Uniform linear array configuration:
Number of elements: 48
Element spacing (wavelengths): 1
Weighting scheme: exponential
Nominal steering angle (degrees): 45
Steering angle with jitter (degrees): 43.413
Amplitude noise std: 0.05
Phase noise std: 0.05

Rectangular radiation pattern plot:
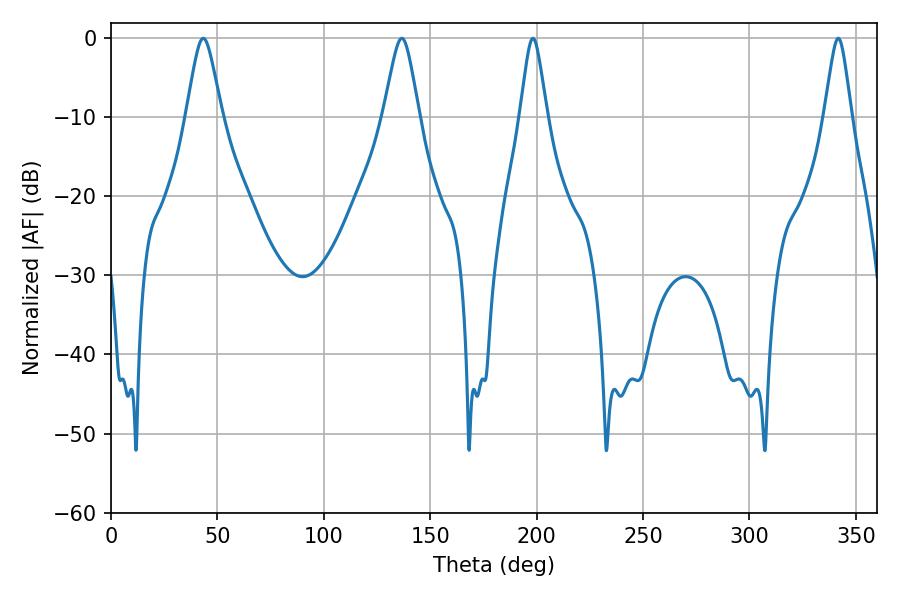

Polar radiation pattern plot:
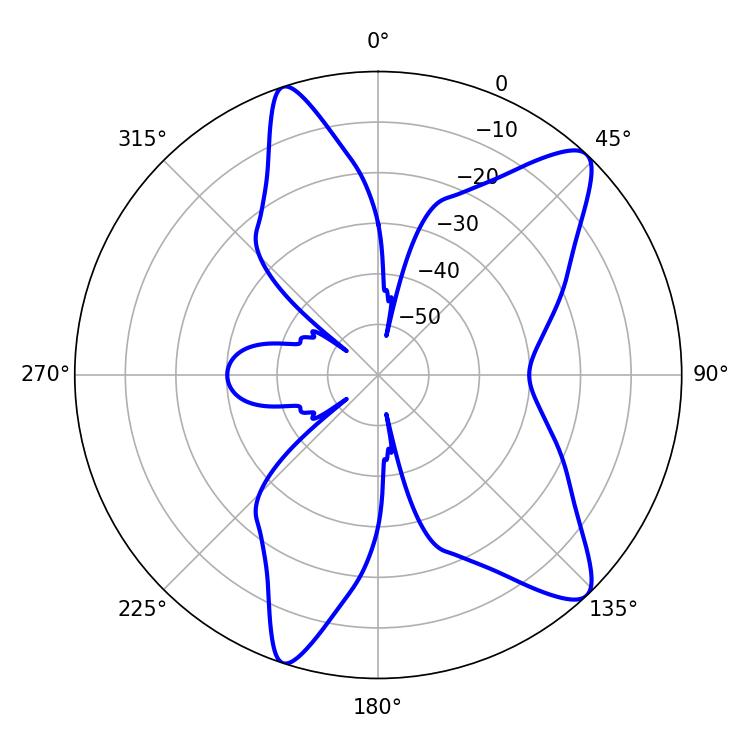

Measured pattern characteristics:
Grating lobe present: TRUE
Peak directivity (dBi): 11.107
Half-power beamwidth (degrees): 7.92
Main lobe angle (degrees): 43.38